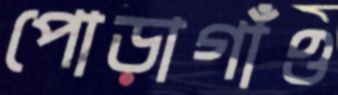
পোড়াগাঁও